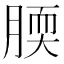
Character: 腝